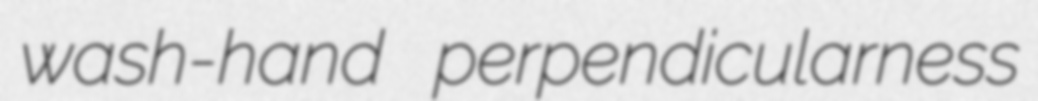
wash-hand perpendicularness